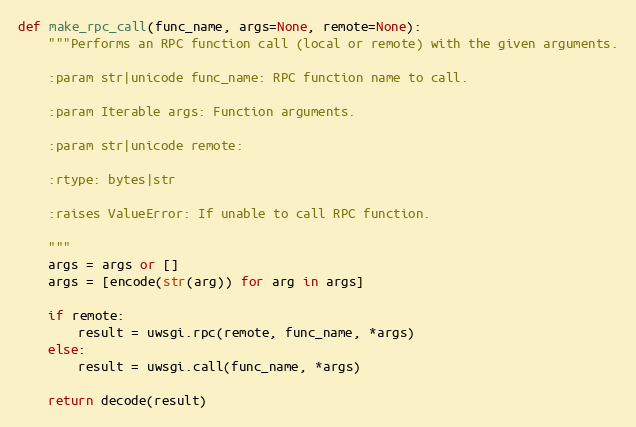
Language: Python
def make_rpc_call(func_name, args=None, remote=None):
    """Performs an RPC function call (local or remote) with the given arguments.

    :param str|unicode func_name: RPC function name to call.

    :param Iterable args: Function arguments.

    :param str|unicode remote:

    :rtype: bytes|str

    :raises ValueError: If unable to call RPC function.

    """
    args = args or []
    args = [encode(str(arg)) for arg in args]

    if remote:
        result = uwsgi.rpc(remote, func_name, *args)
    else:
        result = uwsgi.call(func_name, *args)

    return decode(result)